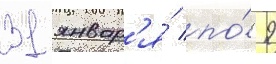
31 январ'я́ по́ 9